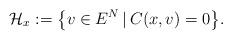
LaTeX: \begin{gather*}\mathcal{H}_x:=\big\{v\in E^N\,|\,C(x,v)=0\big\}.\end{gather*}